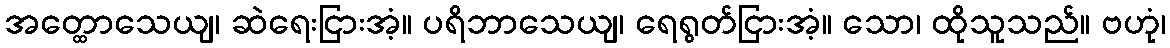
အတ္ထောသေယျ၊ ဆဲရေးငြားအံ့။ ပရိဘာသေယျ၊ ရေရွတ်ငြားအံ့။ သော၊ ထိုသူသည်။ ဗဟုံ၊